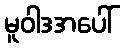
မူဝါဒအပေါ်